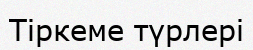
Тіркеме түрлері